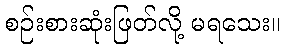
စဉ်းစားဆုံးဖြတ်လို့ မရသေး။